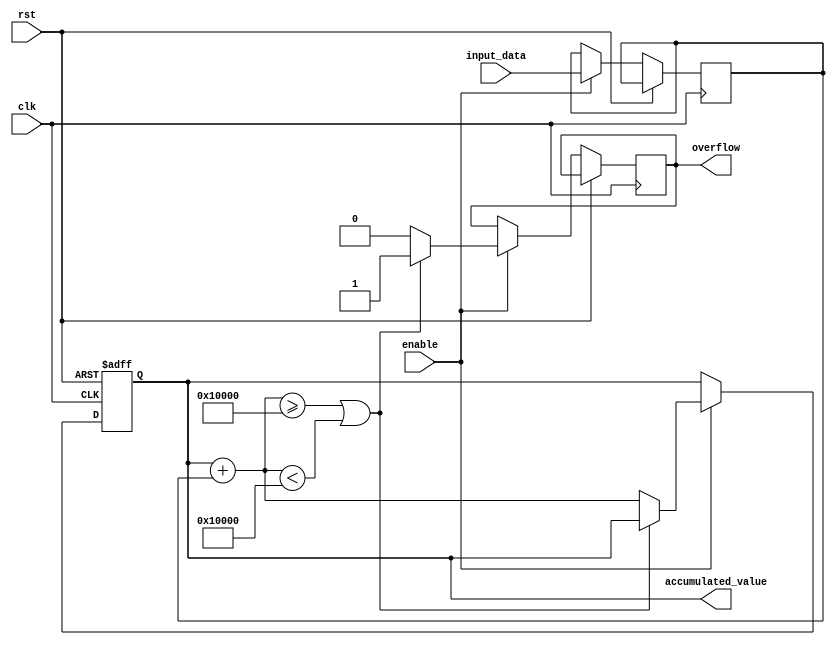
module accumulator (
    input wire clk,
    input wire rst,
    input wire enable,
    input wire signed [data_width - 1:0] input_data,
    output wire signed [data_width - 1:0] accumulated_value,
    output wire overflow
);

parameter integer_bits = 8;  
parameter fractional_bits = 8; 
parameter data_width = integer_bits + fractional_bits;

reg signed [data_width - 1:0] accumulated_value_reg;
reg signed [data_width - 1:0] input_data_reg;
reg signed [data_width - 1:0] new_accumulated_value;

always @ (posedge clk or posedge rst) begin
    if (rst) begin
        accumulated_value_reg <= 0;
    end else if (enable) begin
        input_data_reg <= input_data;
        
        new_accumulated_value = accumulated_value_reg + input_data_reg;
        
        if (new_accumulated_value >= (2 ** data_width) || new_accumulated_value < -(2 ** data_width)) begin
            overflow <= 1;
        end else begin
            overflow <= 0;
            accumulated_value_reg <= new_accumulated_value;
        end
    end
end

assign accumulated_value = accumulated_value_reg;

endmodule